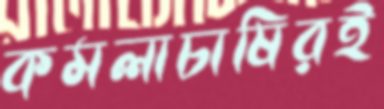
কমলাচাষিরই